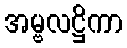
အမ္ဗလဋ္ဌိကာ